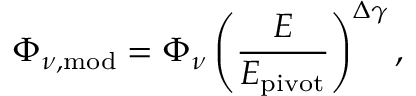
\Phi _ { \nu , \mathrm { m o d } } = \Phi _ { \nu } \left( \frac { E } { E _ { \mathrm { p i v o t } } } \right) ^ { \Delta \gamma } ,